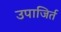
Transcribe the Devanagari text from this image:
उपाजिर्त